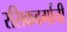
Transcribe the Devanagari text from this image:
रसिकवर्गाची